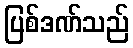
ပြစ်ဒဏ်သည်